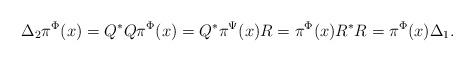
LaTeX: \begin{gather*}\Delta_{2}\pi^{\Phi}(x)=Q^*Q\pi^{\Phi}(x)=Q^*\pi^{\Psi}(x)R=\pi^{\Phi}(x)R^*R=\pi^{\Phi}(x)\Delta_{1}.\end{gather*}